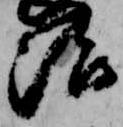
治